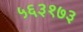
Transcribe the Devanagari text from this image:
५६३१७३